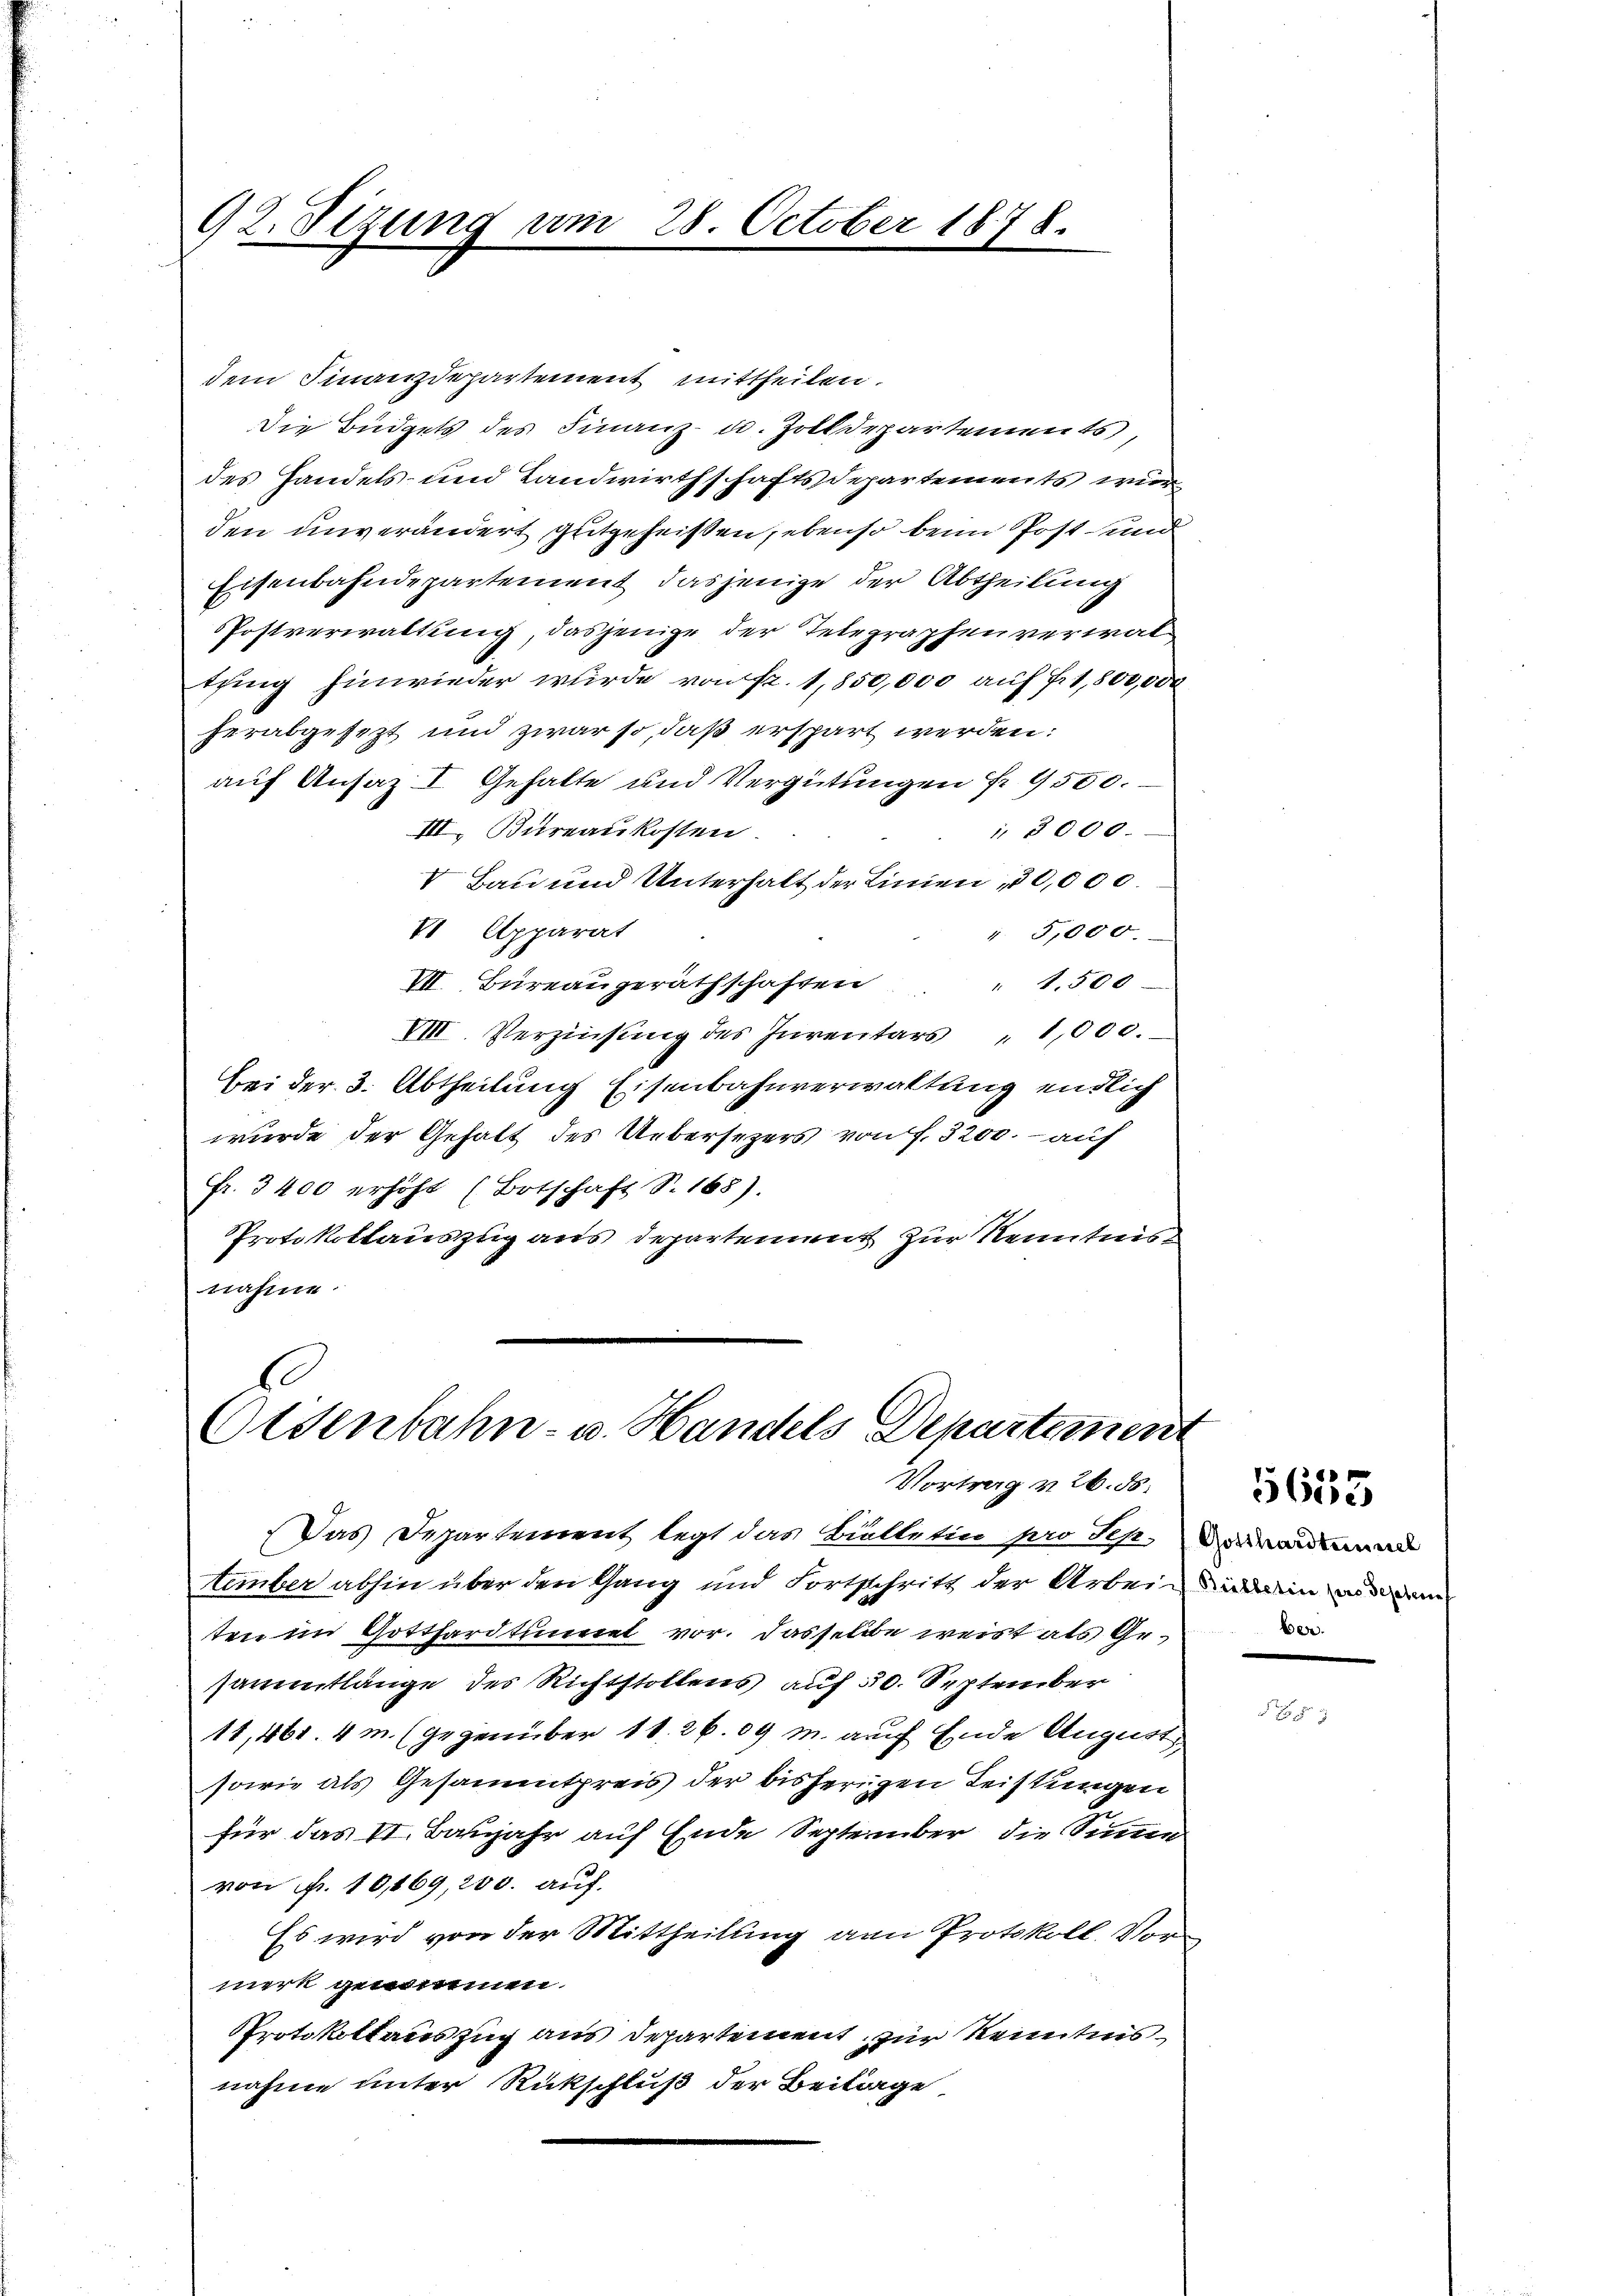
92. Sizung am 28 October 1848.
e

dem Finanzdepartement mittheilen.
Die Büdgets des Finanz- u. Zolldepartements,
des Handels- und Landwirthschaftsdepartements wür
den unverändert gutgeheißen, ebenso beim Post und
Eisenbahndepartement, dasjenige der Abtheilung
Postverwaltung, dasjenige der Telegraphenverwaltuung hinwieder wurde von Fr. 1,850,000 auf Fr. 1,800,000
herabgesezt und zwar so, daß erspart werden:
auf Ansaz I Gehalte und Vergütungen fr. 9500.
 3000.
III. Bureaukosten.
V Bau und Unterhalt der Linien 10,000.
VI Apparat
" 5,000.
" 1.500
VII. Bureaugerathschaften
VIII. Verzinsung des Inventars " 1,000.
Bei der 3. Abtheilung Eisenbahnverwaltung endlich
wurde der Gehalt des Uebersezers von f. 3200. auf
fr. 3400 erhöht (Ortschaft S. 168).
Protokollauszug aus Departement zur Kenntnis
nahme

Osenbahn- u. Handels Departement
Vortrag v. 26. 55.

Das Departement legt das Bitteten pro Tes-
tember abhin über den Gang und Fortschritt der Arbei in den
ten im Gotthardtunnel vor. Dasselbe weist als Gesammtlänge des Richtstollens auf 50. September
11,461. 4m. (gegenüber 11. 26. 09 M. auf Ende August
sowie als Gesammtpreis der bisherigen Leistungen
für das VI. Banjahr auf Ende September die Summe
von Nr. 10,169, 200. auf
Es wird von der Mittheilung von Protokoll. Vormirk genommen.
Protokollauszug aus Departement zur Kenntnisnahme unter Rückschluß der Beilage

Gotthardtunnel
ber.

5655